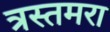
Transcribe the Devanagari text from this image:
त्रस्तमरा